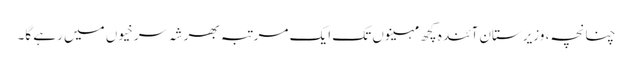
چنانچہ، وزیرستان آئندہ کچھ مہینوں تک ایک مرتبہ بھر شہ سرخیوں میں رہے گا۔